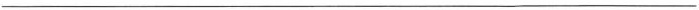
___